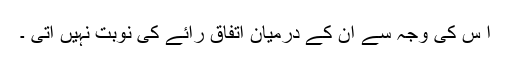
ا س کی وجہ سے ان کے درمیان اتفاق ِرائے کی نوبت نہیں آتی ۔